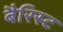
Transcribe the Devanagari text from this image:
बैरिस्ट